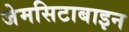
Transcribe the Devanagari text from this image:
जेमसिटाबाइन